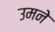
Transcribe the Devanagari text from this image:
उमने